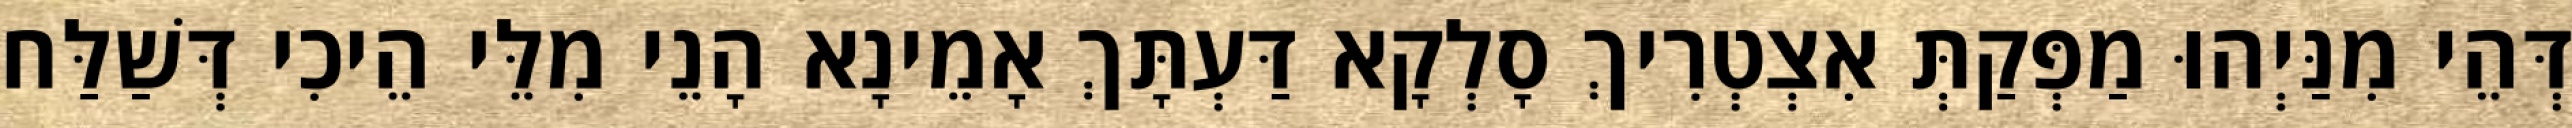
דְּהֵי מִנַּיְהוּ מַפְּקַתְּ אִצְטְרִיךְ סָלְקָא דַּעְתָּךְ אָמֵינָא הָנֵי מִלֵּי הֵיכִי דְּשַׁלַּח